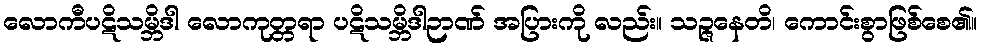
လောကီပဋိသမ္ဘိဒါ လောကုတ္တရာ ပဋိသမ္ဘိဒါဉာဏ် အပြားကို လည်း။ သဉ္ဇနေတိ၊ ကောင်းစွာဖြစ်စေ၏။